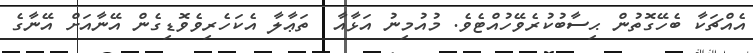
އެއްޗަކާ ބެހޭގޮތުން ޙިސާބުކުރެވޭހުއްޓެވެ. މުއުމިނު އަޅާއާ  ތަޢާލާ އެކަހެރިވެވޮޑިގެން އޭނާއަށް އޭނާގެ